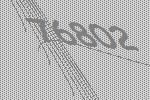
76802